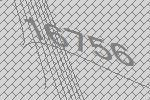
16756